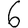
Digit: 6